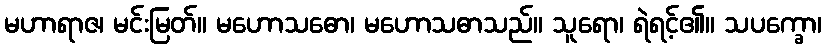
မဟာရာဇ၊ မင်းမြတ်။ မဟောသဓော၊ မဟောသဓာသည်။ သူရော၊ ရဲရင့်၏။ သပက္ခော၊